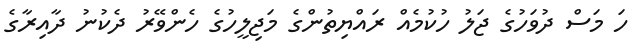
ހަ މަސް ދުވަހުގެ ޖަލު ހުކުމެއް ރައްޔިތުންގެ މަޖިލީހުގެ ހެންވޭރު ދެކުނު ދާއިރާގެ